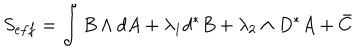
S _ { e f f } = \int { } B \wedge { } d A + \lambda _ { 1 } d ^ { * } B + \lambda _ { 2 } \wedge { } D ^ { * } A + \bar { C }